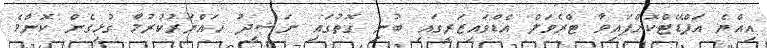
އިއްޔެ އަޕްޑޭޓްކޮށްފައިވާ ޓްރެވަލް އެޑްވައިޒަރީގައި ބުނި ގޮތުގައި ނަޝީދު ހައްޔަރުކުރުމާ ގުޅިގެން ކޮންމެ